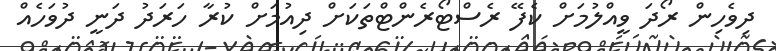
ދިވެހިން ރޯދަ ވީއްލުމަށް ކެފޭ ރެސްޓޯރެންޓްތަކަށް ދިއުމަށް ކުރާ ހަރަދު ދަނީ ދުވަހެއް